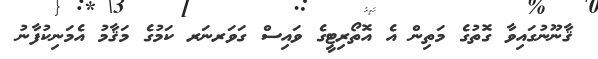
ޤާނޫނުގައިވާ ގޮތުގެ މަތިން އެ އޮތޯރިޓީގެ ވައިސް ގަވަރނަރ ކަމުގެ މަޤާމު އެމަނިކުފާނު